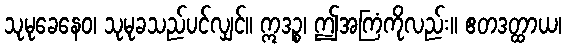
သုမုခေနေဝ၊ သုမုခသည်ပင်လျှင်။ ဣဒဉ္စ၊ ဤအကြံကိုလည်း။ ဧတဒတ္ထာယ၊